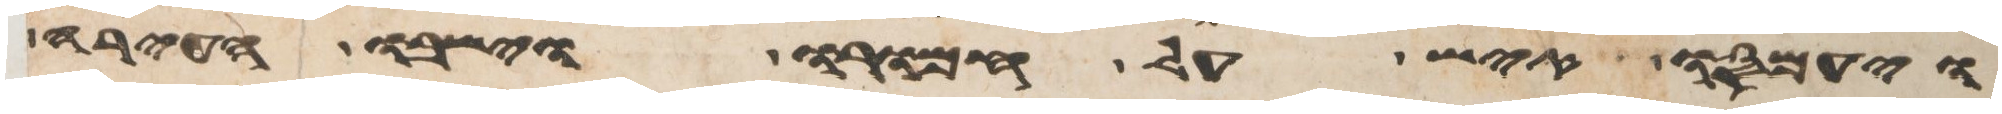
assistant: ויעמסו איש על חמורו וישבו העירה